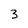
Character: 3